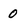
Character: 0